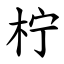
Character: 柠